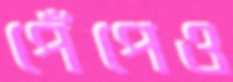
পেঁপেও